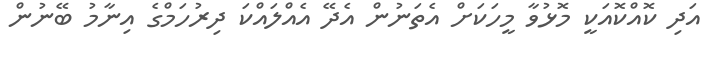
އަދި ކޮއްކޮއަކީ މޮޅުވާ މީހަކަށް އެތަނުން އެދޭ އެއްލައްކަ ދިރުހަމްގެ އިނާމު ބޭނުން